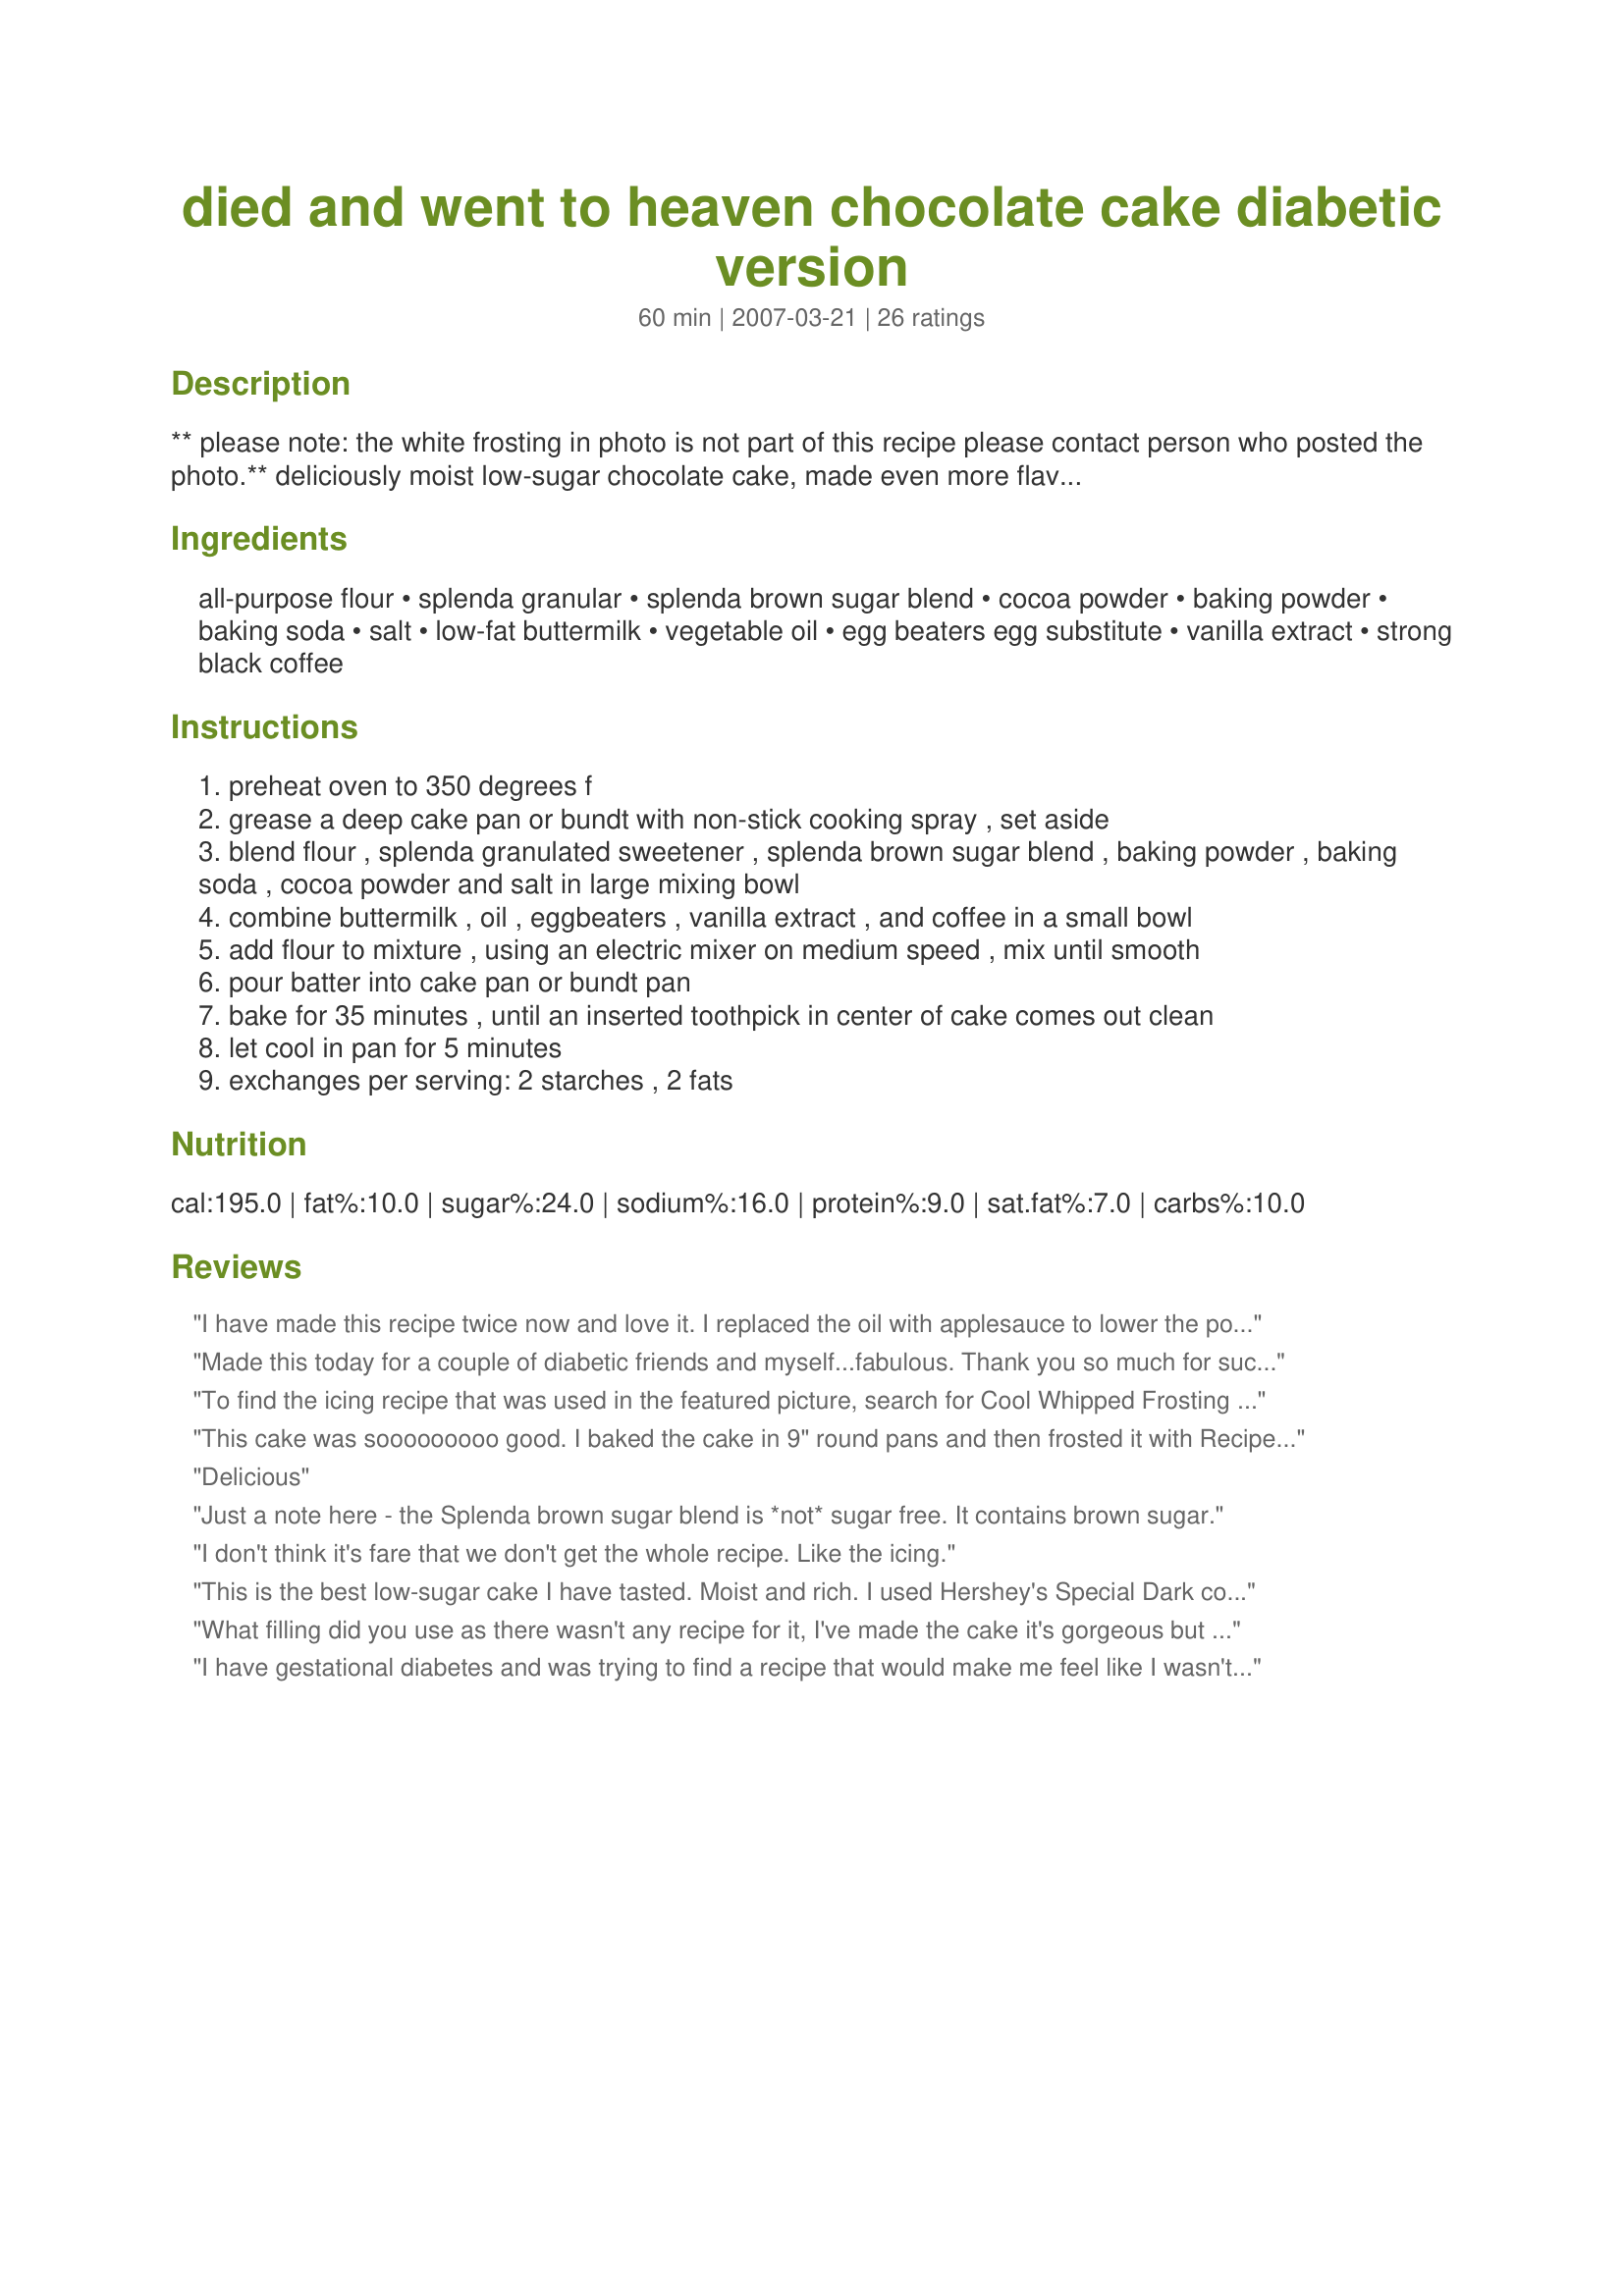
died and went to heaven chocolate cake diabetic version
Preparation time: 60 minutes

** please note: the white frosting in photo is not part of this recipe please contact person who posted the photo.**

deliciously moist low-sugar chocolate cake, made even more flavorful by the addition of coffee. this is from the splenda site. please note: splenda brown blend is 50% sugar and this recipe uses 1/2 a cup. that's 1/4 cup of sugar in the entire cake. 1/4 cup =4 tbsp. splenda brown has 4g of sugar per tsp =12 g per tbsp and 48g (1 2/3 oz) in the entire cake. the cake is intended to serve 10. that will give you 4.8g (or 1/8 ounce ounce or 0.169 ounce according to the converter on this site) of sugar per serving. please decide for yourself if this recipe is safe for you. i, myself, am insulin dependent and i get a higher spike from two slices of 100% whole wheat bread in a sandwich than from a slice of this cake. if you are a brittle diabetic or sensitive to all sugars you may wish to avoid this recipe.

Ingredients:
all-purpose flour, splenda granular, splenda brown sugar blend, cocoa powder, baking powder, baking soda, salt, low-fat buttermilk, vegetable oil, egg beaters egg substitute, vanilla extract, strong black coffee

Steps:
preheat oven to 350 degrees f
grease a deep cake pan or bundt with non-stick cooking spray , set aside
blend flour , splenda granulated sweetener , splenda brown sugar blend , baking powder , baking soda , cocoa powder and salt in large mixing bowl
combine buttermilk , oil , eggbeaters , vanilla extract , and coffee in a small bowl
add flour to mixture , using an electric mixer on medium speed , mix until smooth
pour batter into cake pan or bundt pan
bake for 35 minutes , until an inserted toothpick in center of cake comes out clean
let cool in pan for 5 minutes
exchanges per serving: 2 starches , 2 fats

Reviews:
I have made this recipe twice now and love it. I replaced the oil with applesauce to lower the points and it turned out great. I also upped the splenda to 3/4 cup to make it a little sweeter. After adjusting the ingredients my calculation shows that the whole cake has 38 points.
Made this today for a couple of diabetic friends and myself...fabulous. Thank you so much for such a great recipe. It rose beautifully and made a perfect sized bundt cake. Want to frost it but couldn't wait so ate a piece with whipped cream, it is delcious.
To find the icing recipe that was used in the featured picture, search for Cool Whipped Frosting Diabetic (recipe #255557). The picture is from another review posted further down the page and that's what she said was used for the icing.
This cake was sooooooooo good. I baked the cake in 9" round pans and then frosted it with Recipe #123602. I took the cake to a work luncheon and it was a huge hit with the staff. I had at least half a dozen people ask me for the recipe. Everyone was surprised to find out that this was a cake for diabetics. I'm keeping this one in my keeper file. Thanks for another great recipe, Annacia. Made for Diabetic Cooking Tag Game.
Delicious
Just a note here - the Splenda brown sugar blend is *not* sugar free. It contains brown sugar.
I don't think it's fare that we don't get the whole recipe. Like the icing.
This is the best low-sugar cake I have tasted. Moist and rich. I used Hershey's Special Dark cocoa, so it was even richer. I think it would be good with almond, orange or cherry extract subbed for the vanilla, for a variety. I served mine with a scoop of vanilla lowfat, no sugar added ice cream.
What filling did you use as there wasn't any recipe for it, I've made the cake it's gorgeous but I would like to finish it off like the picture
I have gestational diabetes and was trying to find a recipe that would make me feel like I wasn't being deprived. This hit the nail on the head! I did, however, substitute the all purpose flour for almond flour though. I'm not sure why a diabetic recipe would call for an ingredient with such a high carb count, but whatever. It turned out amazing! Everyone I have had try it does not believe me when they find out it's sugar free!
Best cake ever. I made it last year, along with the Absolutely Sugar Free Frosting, for a co-workers birthday that had recently found out she was diabetic. She loved it so much, she has requested it again this year. My only change was Stevia Blend in place of Splenda, my own personal preference, and applesauce in place of the oil, which I do in most of my bakings. Thank you so much Annacia for posting this recipe.
I made this for my dad's birthday, and it was great- He loved it. In fact, I'm going to make in again, just for my family! Never really thought about making a diabetic cake becuase I thought it would taste bad, but I was wrong! ;-) We like this frosted with Recipe#255557 as pictured in my photo. Yums.
Wanna make my grandma proud
This is the perfect opportunity for the diabetics that have not had their Chocolate cake in a long time. One must remember a few things. 1) Ovens vary along with the age of the oven. I had to leave it in the oven for much longer at a slightly lower temp. After three attempts, it turned out great. 2) You need to eat all of it within a day or two. Three days, of what was left, was coated in mold. Total surprise. Thanks to all.
This cake will be my standard family chocolate cake from now on...it was everything the intro promised: moist with a well rounded chocolate flavour minus the sugar and high fat. I would never downgrade a review due to recipe changes I must make to feed my family members who are diabetic, but when I make these changes successfully I want to share them with others who may have the same needs. This gem of a recipe has already been tweaked to make it suitable, so the only other alteration I made was to substitute 3/4 of a cup of spelt flour for part of the all purpose flour, and other than the cake perhaps not rising quite as high as without spelt, the flavour was still excellent, and the cake moist. I could not detect a coffee flavour, but I understand that the addition of coffee serves to intensify the deep chocolate flavour of cocoa. It worked! I will use this recipe to make a layer cake also, as I'm sure it would adapt to a 9x13 or 9 inch round pans, but next time I will either line the pan with parchment, or grease and "flour" with a light dusting of cocoa for a perfect release. Probably because of the spelt flour, or because I didn't leave it in the pan for the full 5 minutes before turning it onto the rack, one little tear occurred, but I am quite sure it was my fault, not the recipe's.
Thanks for this great dessert recipe.
OMG!!! Made this cake as a wedding cake (had to bake 5 batches of it) and it was AWESOME!!! You couldn't even tell it was diabetic... taste was delicious, crumb was just like a regular cake. Thank you so much for posting it!
WOW! The best answer to a chocolate craving. I used natural cocoa powder instead of the dutch process and 6oz expresso with 2oz water for the coffee. Made my buttermilk with skim milk and white vinegar. DH and I love the cake, it will be a regular at our house. Thanks for sharing the recipe!!
oh oh oh...im in heaven. Fabulous, moist, great taste, no one would believe its diabetic cake. Since i noticed the nutritional guide here did not include some things i went to splenda's site and got the info for the recipe: 220 calories, 70 g fat, 2 saturated fat, 32 carbs,12g sugar.

This would make a terrific layer cake too with frosting, the recipe makes enough for 2 8 inch pans as i discovered when my springform bundt pan started leaking on the floor and quickly tossed it into 2 tinfoil pans til i found my regular bundt pan.
Wanted to make a splash hit at a group meeting where a friend/member is Type 1 Diabetic and this cake, with the Absolutely Sugar Free Frosting, did the job. All loved the taste and it was a pleasure to make something special having my Type 1 Diabetic friend in mind. This will be my go-to cake from now on. Thanks to whoever created this recipe!
I am NOT a diabetic but my mother in law is and she is very strict with her diet. As a result, it is hard to eat desserts around her and enjoy them without feeling guilty. On mother&#039;s day, I made this for her and the family. It was a hit with everyone!!!! Even I (who is extremely picky about my sweets), LOVED IT! Very good....if you didn&#039;t know it...you&#039;d never believe that it had Splenda instead of regular sugar. NOTE: Splenda brown sugar is 50% regular sugar.
This was a very good recipe, I was thinking that I wouldn't be able to make cakes any more as I have become diabetic, then Annacia told me about this. I made it into cupcakes and took them to a party I had been asked to bake for and when I opened the box every one's eyes popped, and needless to say they didn't last long. I made to the recipe but just altered the bake time. Thank you for a definite keeper.
May I use stevia powder instead of the granules
This is not a truly diabetic recipe. Splenda brown sugar blend has about 50% sugar in it also. My Mom is diabetic and cannot eat this.
Wow! This is really good. I was skeptical how it would turn out since the batter was very thin. I'm glad I trusted though because it set up great and turned right out of the bundt pan no problem. It has a nice dense texture and a very chocolately flavor. We sprinkled powdered sugar on the top. Love it! Thanks for posting.
This was really good. I made for my DH as he just found out he has diabetes and is really craving his sweets. This will be my go to recipe for chocolate cupcakes.
This review is specifically for CUPCAKES following this exact recipe. They stuck completely to the traditional cupcake liners. There was no way I was taking those ugly things to a birthday party. I had to throw them all away. I made a boxed mix seconds after using the same cupcake liners and they came out perfectly. NOW-- for the recipe in a 6 inch round Wilton pan that I ended up using since I had to throw the awful cupcakes out. I put it in a 350&deg; preheated oven and took it out at 35 minutes when the toothpick (that wasn't 6+ inches long) came out clean. After letting it cool, I started cutting the top off of the cake while it was still I the pan to level it and the inside was completely runny. ?! By this point, I was so bugged with wasting all this money on the ingredients I needed for this recipe that I stuck it back in the oven to cook longer just to see if it could be salvaged. It was saved. I had to cut around the edges to allow it to release from the pan. Those who ate it liked it and couldn't tell it was a &quot;Low sugar&quot; cake.
